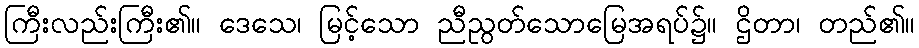
ကြီးလည်းကြီး၏။ ဒေသေ၊ မြင့်သော ညီညွတ်သောမြေအရပ်၌။ ဌိတာ၊ တည်၏။